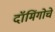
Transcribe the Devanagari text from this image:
दॉमिंगोचे